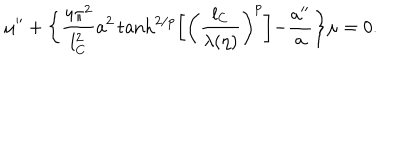
\mu ^ { \prime \prime } + \biggl \{ \frac { 4 \pi ^ { 2 } } { l _ { \mathrm { C } } ^ { 2 } } a ^ { 2 } \tanh ^ { 2 / p } \biggl [ \biggl ( \frac { l _ { \mathrm { C } } } { \lambda ( \eta ) } \biggr ) ^ { p } \biggl ] - \frac { a ^ { \prime \prime } } { a } \biggr \} \mu = 0 .